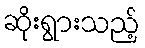
ဆိုးရွားသည့်